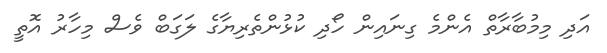
އަދި މިމުބާރާތް އެންމެ ގިނައިން ހޯދި ކުޅުންތެރިޔާގެ ލަގަބް ވެސް މިހާރު އޮތީ